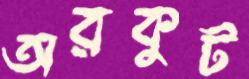
অরকুট